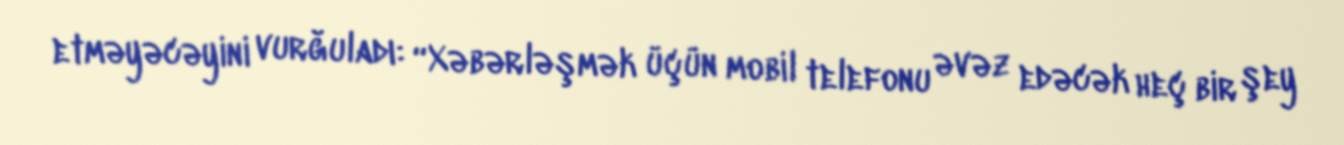
etməyəcəyini vurğuladı: “Xəbərləşmək üçün mobil telefonu əvəz edəcək heç bir şey